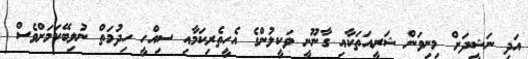
އަދި ނަޝީދަށް މިނިވަން ޝަރީއަތަކާއި ގާނޫނީ ވަކީލުންގެ އެހީތެރިކަމާއި ސިއްހީ ހިދުމަތް ނުލިބޭކަމަށްވެސް